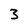
Character: 3